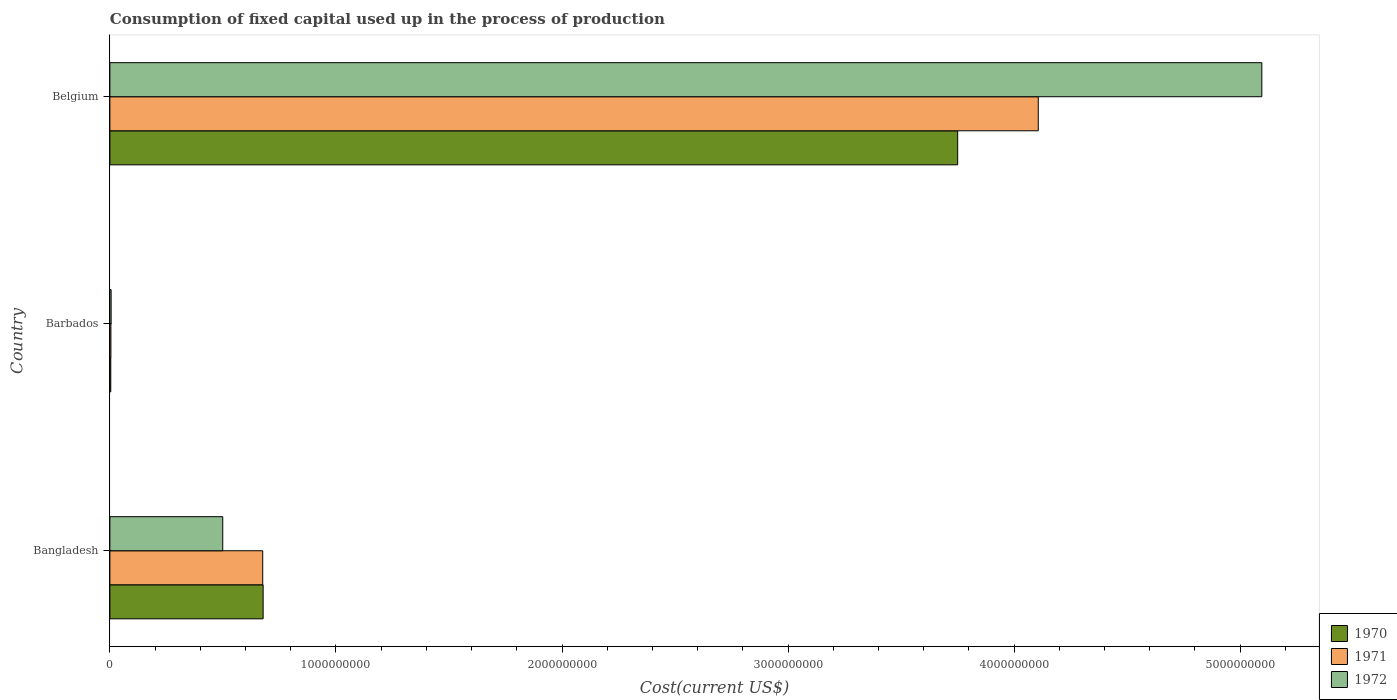
| Country | 1970 | 1971 | 1972 |
 | --- | --- | --- | --- |
 | Bangladesh | 6.78e+08 | 6.76e+08 | 4.99e+08 |
 | Barbados | 3.84e+06 | 4.52e+06 | 5.43e+06 |
 | Belgium | 3.75e+09 | 4.11e+09 | 5.1e+09 |